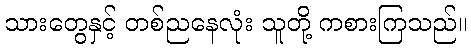
သားတွေနှင့် တစ်ညနေလုံး သူတို့ ကစားကြသည်။